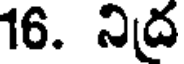
16. నిద్ర